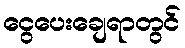
ငွေပေးချေရာတွင်